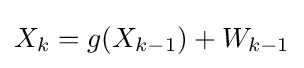
X_{k}=g(X_{k-1})+W_{k-1}